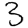
Digit: 3